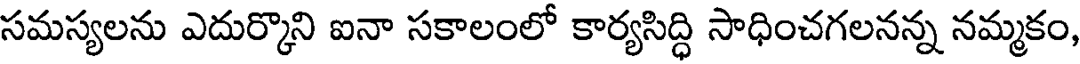
సమస్యలను ఎదుర్కొని ఐనా సకాలంలో కార్యసిద్ధి సాధించగలనన్న నమ్మకం,